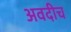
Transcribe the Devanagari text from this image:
अवदीच